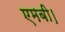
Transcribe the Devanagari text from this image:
एमबी।